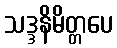
သဒ္ဒနိမိတ္တပေ